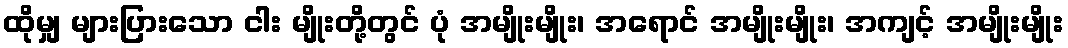
ထိုမျှ များပြားသော ငါး မျိုးတို့တွင် ပုံ အမျိုးမျိုး၊ အရောင် အမျိုးမျိုး၊ အကျင့် အမျိုးမျိုး